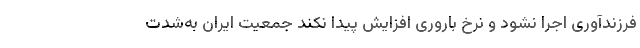
فرزندآوری اجرا نشود و نرخ باروری افزایش پیدا نکند جمعیت ایران به‌شدت